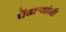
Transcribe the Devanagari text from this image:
पेंढाऱ्यांनी